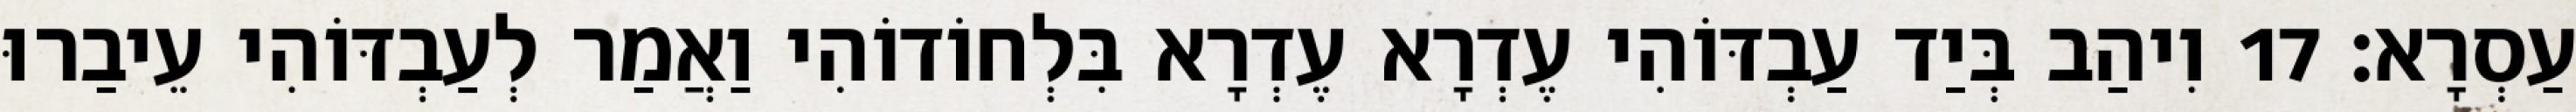
עַסְרָא׃ 17 וִיהַב בְּיַד עַבְדּוֹהִי עֶדְרָא עֶדְרָא בִּלְחוֹדוֹהִי וַאֲמַר לְעַבְדּוֹהִי עֵיבַרוּ